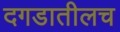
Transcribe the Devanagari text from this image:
दगडातीलच